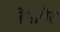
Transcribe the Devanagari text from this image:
नेमावेत